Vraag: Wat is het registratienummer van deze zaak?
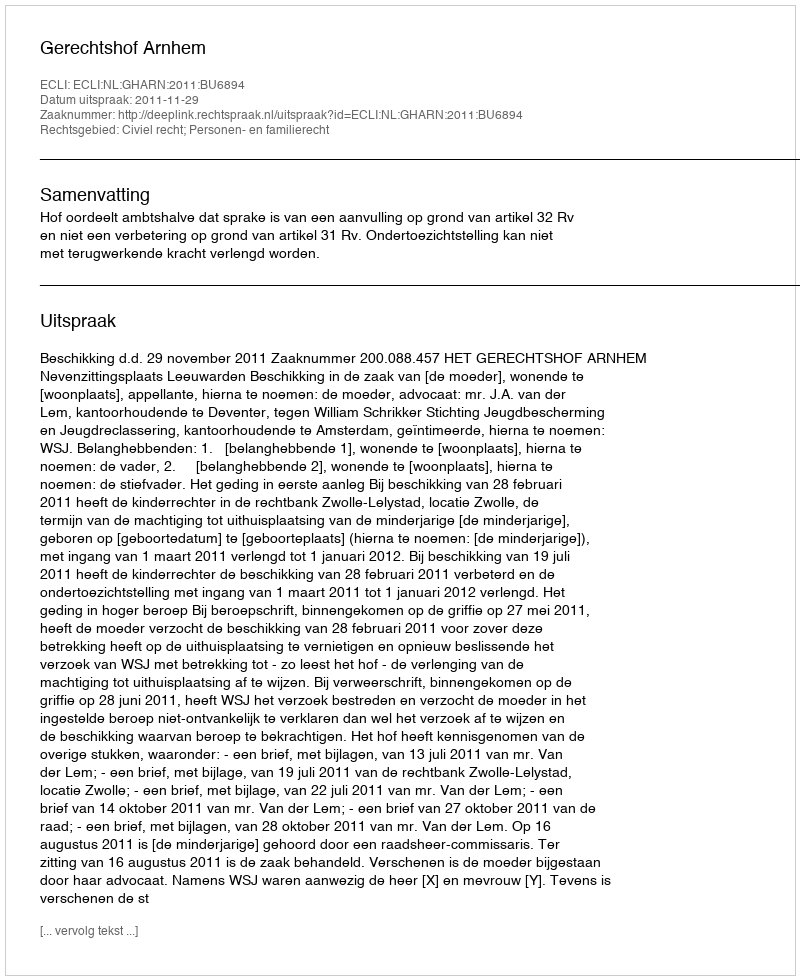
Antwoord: http://deeplink.rechtspraak.nl/uitspraak?id=ECLI:NL:GHARN:2011:BU6894